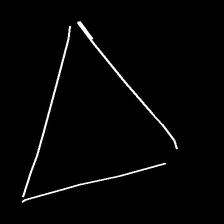
Glyph: convergence